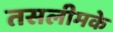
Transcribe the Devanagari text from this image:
तसलीमके